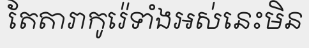
តែតារាកូរ៉េទាំងអស់នេះមិន